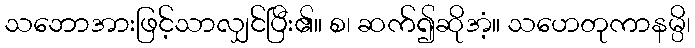
သဘောအားဖြင့်သာလျှင်ပြီး၏။ စ၊ ဆက်၍ဆိုအံ့။ သဟေတုကာနမ္ပိ၊